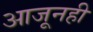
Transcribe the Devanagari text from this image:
आजूनही